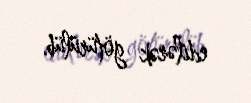
edilərək götürülüb.